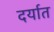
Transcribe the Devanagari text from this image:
दर्यात